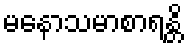
မနောသမာစာရန္တိ